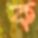
ক